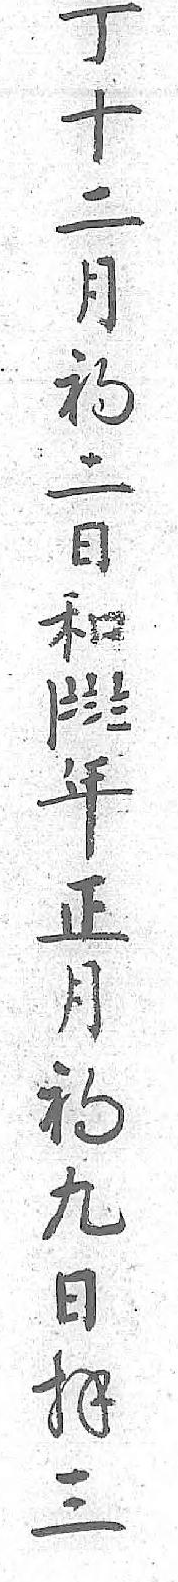
丁〡年十〧正二〨月月〨初初 九二 日日 拝和 三